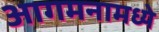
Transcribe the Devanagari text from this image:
आगमनामध्ये